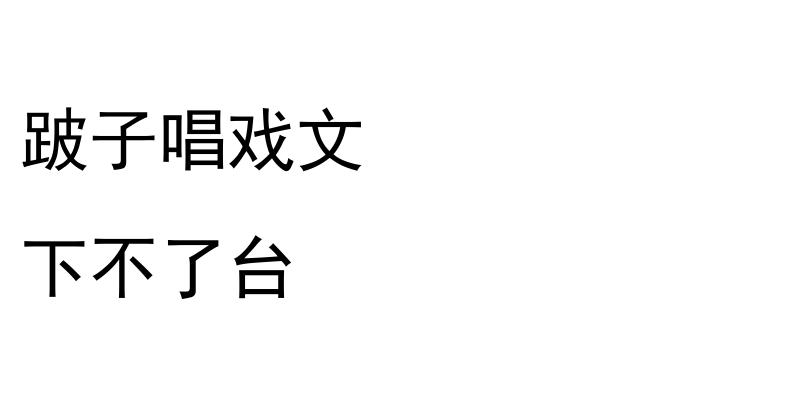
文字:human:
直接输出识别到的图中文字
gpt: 跛子唱戏文 下不了台